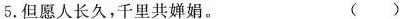
5.但愿人长久，千里共婵娟。 ()